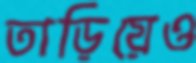
তাড়িয়েও